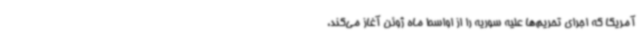
آمریکا که اجرای تحریم‌ها علیه سوریه را از اواسط ماه ژوئن آغاز می‌کند،